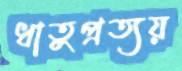
ধাতুপ্রত্যয়